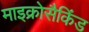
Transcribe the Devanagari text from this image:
माइक्रोसैकिंड